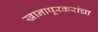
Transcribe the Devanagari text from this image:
खानापूरकरांचा